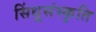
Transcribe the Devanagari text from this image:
सिंधूसंस्कृति